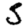
Digit: 5